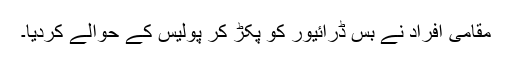
مقامی افراد نے بس ڈرائیور کو پکڑ کر پولیس کے حوالے کردیا۔